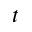
t